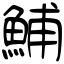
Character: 鯆